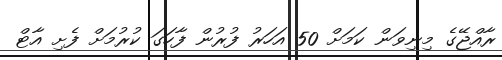
ރާއްޖޭގެ މިނިވަން ކަމަށް 50 އަހަރު ފުރުން ފާހަގަ ކުރުމަށް ފެށި އާޓް